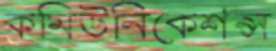
কমিউনিকেশন্স